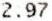
2.97